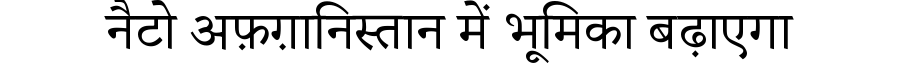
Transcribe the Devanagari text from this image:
नैटो अफ़ग़ानिस्तान में भूमिका बढ़ाएगा